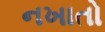
નખાતો